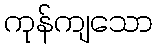
ကုန်ကျသော